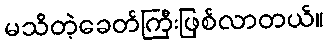
မသိတဲ့ခေတ်ကြီးဖြစ်လာတယ်။